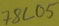
Text: 78L05